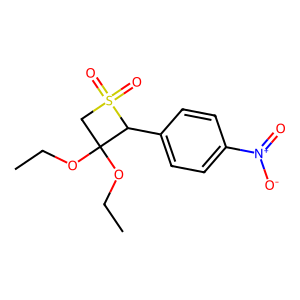
SMILES: CCOC1(OCC)CS(=O)(=O)C1c1ccc([N+](=O)[O-])cc1
Inhibits HIV replication: No